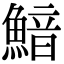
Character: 𩹎